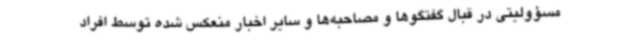
مسؤولیتی در قبال گفتگوها و مصاحبه‌ها و سایر اخبار منعکس شده توسط افراد